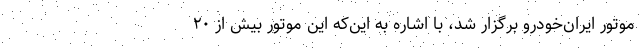
موتور ایران‌خودرو برگزار شد، با اشاره به این‌که این موتور بیش از ۲۰